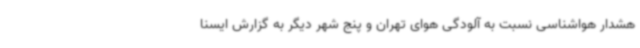
هشدار هواشناسی نسبت به آلودگی هوای تهران و پنج شهر دیگر به گزارش ایسنا